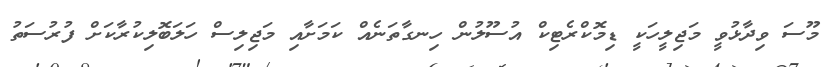
މޫސަ ވިދާޅުވީ މަޖިލީހަކީ ޑިމޮކްރެޓިކް އުސޫލުން ހިނގާތަނެއް ކަމަށާއި މަޖިލިސް ހަލަބޮލިކުރާކަށް ފުރުސަތު